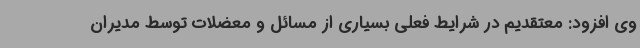
وی افزود: معتقدیم در شرایط فعلی بسیاری از مسائل و معضلات توسط مدیران